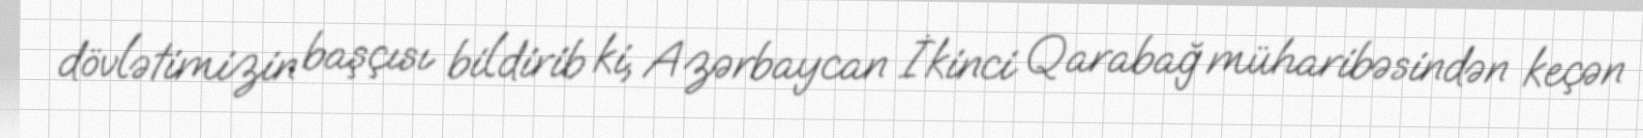
dövlətimizin başçısı bildirib ki, Azərbaycan İkinci Qarabağ müharibəsindən keçən